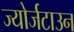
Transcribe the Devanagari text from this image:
ज्योर्जटाउन